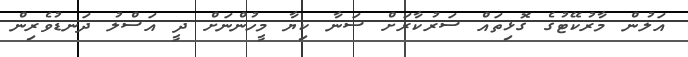
އަލުން މާރުކޭޓުގެ ގޮޅިތައް ސަރުކާރަށް ސަނާ ކިޔާ މީހުންނަށް ދީ އަސްލު ދަނޑުވެރިން